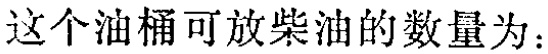
这个油桶可放柴油的数量为：